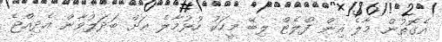
އެގޮތުން މާލެ އިން ފްލެޓް ލިބޭ މީހަކު ހުޅުމާލެ އަށް ބަދަލުވާން އެދިއްޖެ